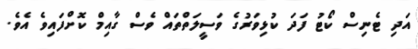
އަދި ޓެނިސް ކޯޓު ފަދަ ކުޅިވަރުގެ ވަސީލަތްތައް ވެސް ގާއިމް ކޮށްފައިވެ އެވެ.